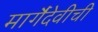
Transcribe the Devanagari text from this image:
मार्गैदेवीची